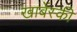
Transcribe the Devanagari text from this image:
खाबेंस्की